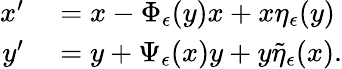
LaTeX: \begin{array}{rl}{x^{\prime}}&{{}=x-\Phi_{\epsilon}(y)x+x\eta_{\epsilon}(y)}\\ {y^{\prime}}&{{}=y+\Psi_{\epsilon}(x)y+y\tilde{\eta}_{\epsilon}(x).}\end{array}